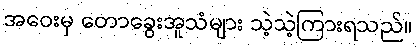
အဝေးမှ တောခွေးအူသံများ သဲ့သဲ့ကြားရသည်။